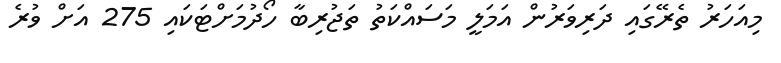
މިއަހަރު ތެރޭގައި ދަރިވަރުން އަމަލީ މަސައްކަތު ތަޖުރިބާ ހޯދުމަށްޓަކައި 275 އަށް ވުރެ